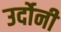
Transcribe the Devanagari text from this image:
उर्दोनी